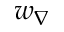
w _ { \nabla }